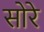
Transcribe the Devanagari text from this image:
सोरे